Annual report on the working of the lock hospitals in the North-Western Provinces and Oudh
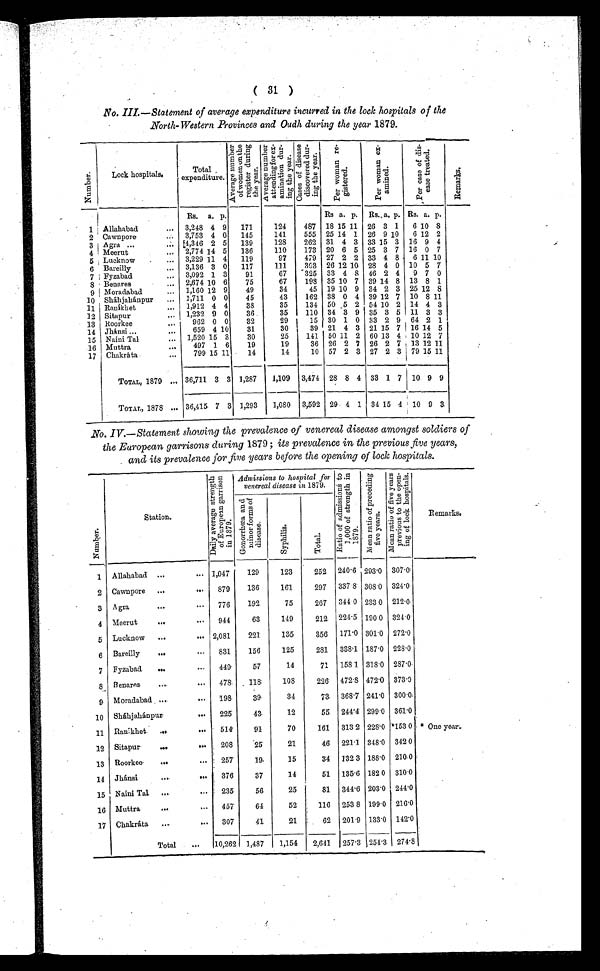
( 31 )
No. III.—Statement of average expenditure incurred in the lock hospitals of the
North-Western Provinces and Oudh during the year 1879.
N u m b e r .
Lock hospitals.
Total
expenditure.
A v e r a g e n u m b e r o f w o m e n o n t h e r e g i s t e r d u r i n g t h e y e a r .
A v e r a g e n u m b e r a t t e n d i n g f o r e x a m i n a t i o n d u r i n g t h e y e a r .
C a s e s o f d i s e a s e d i s c o v e r e d d u r i n g t h e y e a r .
P e r w o m a n r e g i s t e r e d .
P e r w o m a n e x a m i n e d .
P e r c a s e o f d i s e a s e t r e a t e d .
R e m a r k s .
Rs. a. p.
Rs a. p. Rs. a. p. Rs. a. p.
1 Allahabad
... 3,248 4 9 171
124
487 18 15 11 26 3 1 6 10 8
2 Cawnpore
3,753 4 0 145
141
555 25 14 1 26 9 10 6 12 2
3 Agra ...
... 4,346 2 5 139
128
262 31 4 3 33 15 3 16 9 4
4 Meerut
... 2,774 14 5 136
110
173 20 6 5 25 3 7 16 0 7
5 Lucknow
... 3,229 11 4 119
97
479 27 2 2 33 4 8 6 11 10
6 Bareilly
... 3,136 3 0 117
111
303 26 12 10 28 4 0 10 5 7
7 Fyzabad
... 3,092 1 3
91
67
325 33 4 8 46 2 4 9 7 0
8 Benares
... 2,674 10 6
75
67
198 35 10 7 39 14 8 13 8 1
9 Moradabad
... 1,160 12 9
49
34
45 19 10 9 34 2 3 25 12 8
10 Sháhjahánpur ... 1,711 0 0
45
43
162 38 0 4 39 12 7 10 8 11
11 Ranikhet
... 1,912 4 4
38
35
134 50 5 2 54 10 2 14 4 3
12 Sitapur
... 1,232 9 0
36
35
110 34 3 9 35 3 5 11 3 3
13 Roorkee
... 962 0 0
32
29
15 30 1 0 33 2 9 64 2 1
14 Jhánsi
... 659 4 10
31
30
39 21 4 3 21 15 7 16 14 5
15 Naini Tal
... 1,520 15 3
30
25
141 50 11 2 60 13 4 10 12 7
16 Matra
... 497 1 6
19
19
36 26 2 7 26 2 7 13 12 11
17 Chakráta
...
799 15 11
14
14
10 57 2 3 27 2 3 79 15 11
TOTAL, 1879 ... 36,711 3 3 1,287 1,109 3,474 28 8 4 33 1 7 10 9 9
TOTAL, 1878 ... 36,415. 7 3 1,293 1,080 3,592 29 4 1 34 15 4 10 9 3
No. IV.—Statement showing the prevalence of venereal disease amongst soldiers of
the European garrisons during 1879 ; its prevalence in the previous five years,
and its prevalence for five years before the opening of lock hospitals.
Nu mb e r .
Station.
D a i l y a v e r a g e s t r e n g t h o f E u r o p e n g a r r i s o n i n 1 8 7 9 .
Admissions to hospital for
venereal disease in 1879.
R a t i o o f a d m i s s i o n s t o 1 , 0 0 0 o f s t r e n g t h i n 1 8 7 9 .
M e a n r a t i o o f p r e c e d i n g f i v e y e a r s . M e a n r a t i o o f f i v e y e a r s p r e v i o u s t o t h e o p e n i n g o f l o c k h o s p i t a l s .
Remarks.
G o n o r r h œ a a n d m i n o r f o r m s o f d i s c e a s e .
S y p h i l i s .
T o t a l .
1 Allahabad ...
... 1,047
129
123
252 240.6 293.0 307.0
2 Cawnpore ...
... 879
136
161
297 337.8 308.0 324.0
3 Agra
. . .
776
192
75
267 344.0 233.0 212.0
4 Meerut
...
... 944
63
149
212 224.5 190 0 324.0
5 Lucknow ...
... 2,081
221
135
356 171.0 301.0 272.0
6 Bareilly
...
... 831
156
125
281 338.1 187.0 228.0
7 Fyzabad. ...
... 449
57
14
71 158.1 318.0 287.0
8
Benares ... ... 478
1 1 8 108
226 472.8 472.0 373.0
9. Moradabad ....
... 198
39
34
73 368.7 241.0 300.0
10 Sháhjahánpur. ...
225
43
12
55
2 4 4 . 4 299.0 361.0
11 Ranikhet ...
... 514
91
70
161 313.2 228.0 .153 0 * Oneyear .
12 Sitapur
...
... 208
25
21
46 221.1 348.0 342.0
13 Roorkee
...
... 257
19
15
34 132.3 188.0 210.0
14 Jhánsi ...
... 376
37
14
51 135.6 182.0 310.0
15 Naini Tal ....
... 235
56
25
81 344.6 203.0 244.0
16 Muttra
...
... 457
64
52
116 253.8 199.0 216.0
17 Chakráta ...
... 307
41
21
62 201.9 133.0 142.0
Total ... 10,262 1,487 1,154 2,641 257.3 , 254.3 274.8